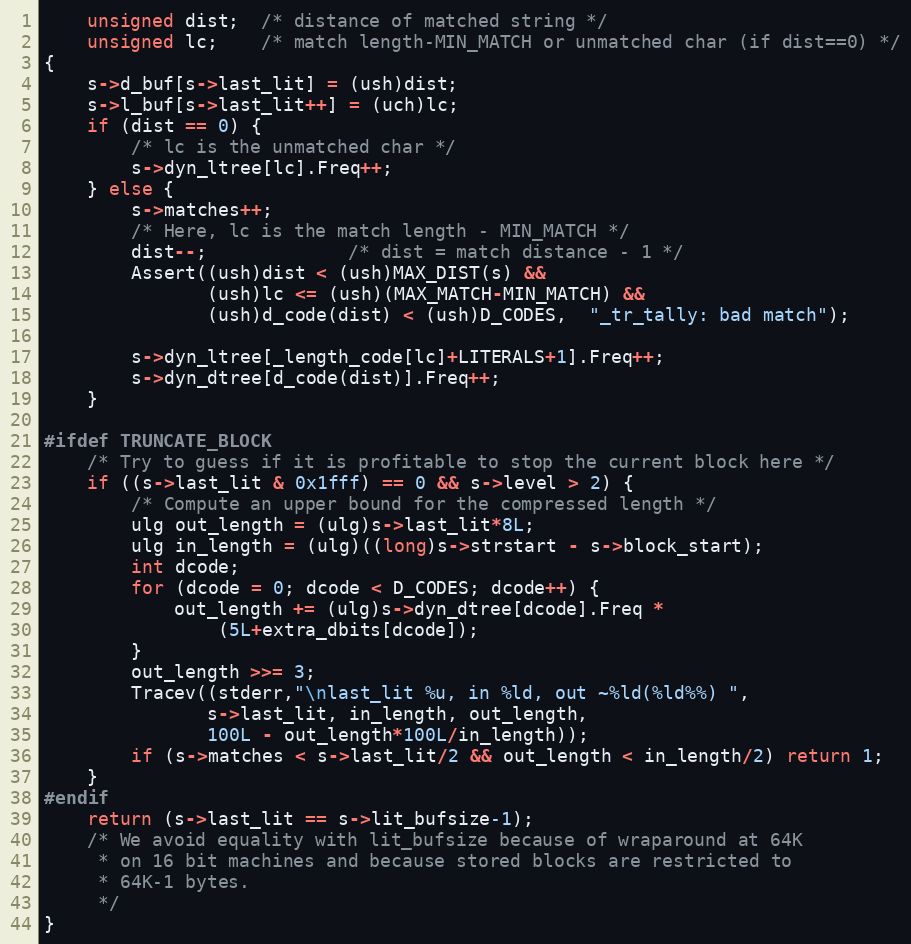
Language: C
    unsigned dist;  /* distance of matched string */
    unsigned lc;    /* match length-MIN_MATCH or unmatched char (if dist==0) */
{
    s->d_buf[s->last_lit] = (ush)dist;
    s->l_buf[s->last_lit++] = (uch)lc;
    if (dist == 0) {
        /* lc is the unmatched char */
        s->dyn_ltree[lc].Freq++;
    } else {
        s->matches++;
        /* Here, lc is the match length - MIN_MATCH */
        dist--;             /* dist = match distance - 1 */
        Assert((ush)dist < (ush)MAX_DIST(s) &&
               (ush)lc <= (ush)(MAX_MATCH-MIN_MATCH) &&
               (ush)d_code(dist) < (ush)D_CODES,  "_tr_tally: bad match");

        s->dyn_ltree[_length_code[lc]+LITERALS+1].Freq++;
        s->dyn_dtree[d_code(dist)].Freq++;
    }

#ifdef TRUNCATE_BLOCK
    /* Try to guess if it is profitable to stop the current block here */
    if ((s->last_lit & 0x1fff) == 0 && s->level > 2) {
        /* Compute an upper bound for the compressed length */
        ulg out_length = (ulg)s->last_lit*8L;
        ulg in_length = (ulg)((long)s->strstart - s->block_start);
        int dcode;
        for (dcode = 0; dcode < D_CODES; dcode++) {
            out_length += (ulg)s->dyn_dtree[dcode].Freq *
                (5L+extra_dbits[dcode]);
        }
        out_length >>= 3;
        Tracev((stderr,"\nlast_lit %u, in %ld, out ~%ld(%ld%%) ",
               s->last_lit, in_length, out_length,
               100L - out_length*100L/in_length));
        if (s->matches < s->last_lit/2 && out_length < in_length/2) return 1;
    }
#endif
    return (s->last_lit == s->lit_bufsize-1);
    /* We avoid equality with lit_bufsize because of wraparound at 64K
     * on 16 bit machines and because stored blocks are restricted to
     * 64K-1 bytes.
     */
}